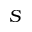
S